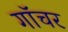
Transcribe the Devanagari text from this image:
गॉचर